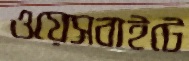
ওয়েসবাইটে